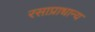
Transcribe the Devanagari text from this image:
रसाप्राधान्य